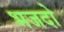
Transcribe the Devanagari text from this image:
भजदो